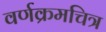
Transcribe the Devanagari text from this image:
वर्णक्रमचित्र